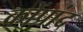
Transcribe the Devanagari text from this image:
कोंप्रांद